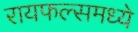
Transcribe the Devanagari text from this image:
रायफल्समध्ये